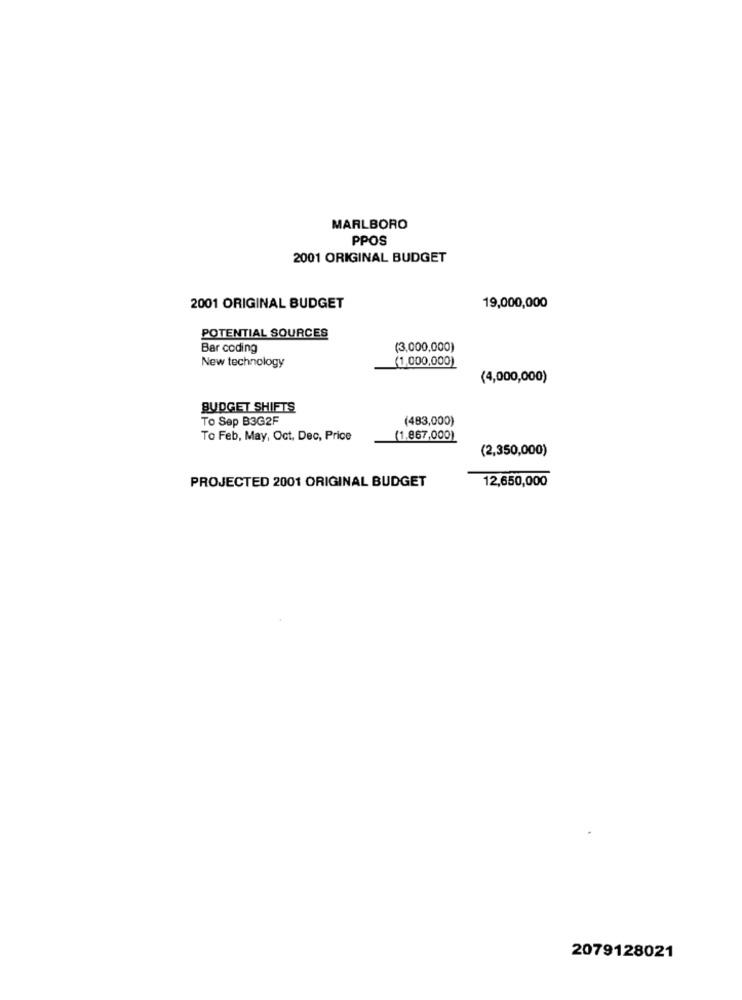
MARLBORO
PPOS
2001 ORIGINAL BUDGET
2001 ORIGINAL BUDGET
19,000,000
POTENTIAL SOURCES
Bar coding
(3,000,000)
(1,000,000)
New technology
(4,000,000)
BUDGET SHIFTS
To Sep B3G2F
(483,000)
To Feb, May, Oct. Dec, Price
(1.867,000)
(2,350,000)
12,650,000
PROJECTED 2001 ORIGINAL BUDGET
2079128021